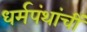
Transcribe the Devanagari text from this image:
धर्मपंथांचीं